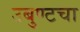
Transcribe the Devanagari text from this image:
उबुण्टचा